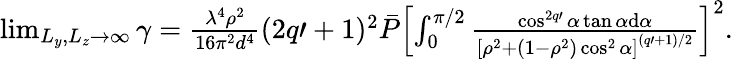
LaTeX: \begin{array}{r}{\operatorname*{lim}_{L_{y},L_{z}\rightarrow\infty}\gamma=\frac{\lambda^{4}\rho^{2}}{16\pi^{2}d^{4}}(2q\prime+1)^{2}\bar{P}\left[\int_{0}^{\pi/2}\frac{\cos^{2q\prime}\alpha\tan\alpha\mathrm{d}\alpha}{\left[\rho^{2}+(1-\rho^{2})\cos^{2}\alpha\right]^{(q\prime+1)/2}}\right]^{2}.}\end{array}